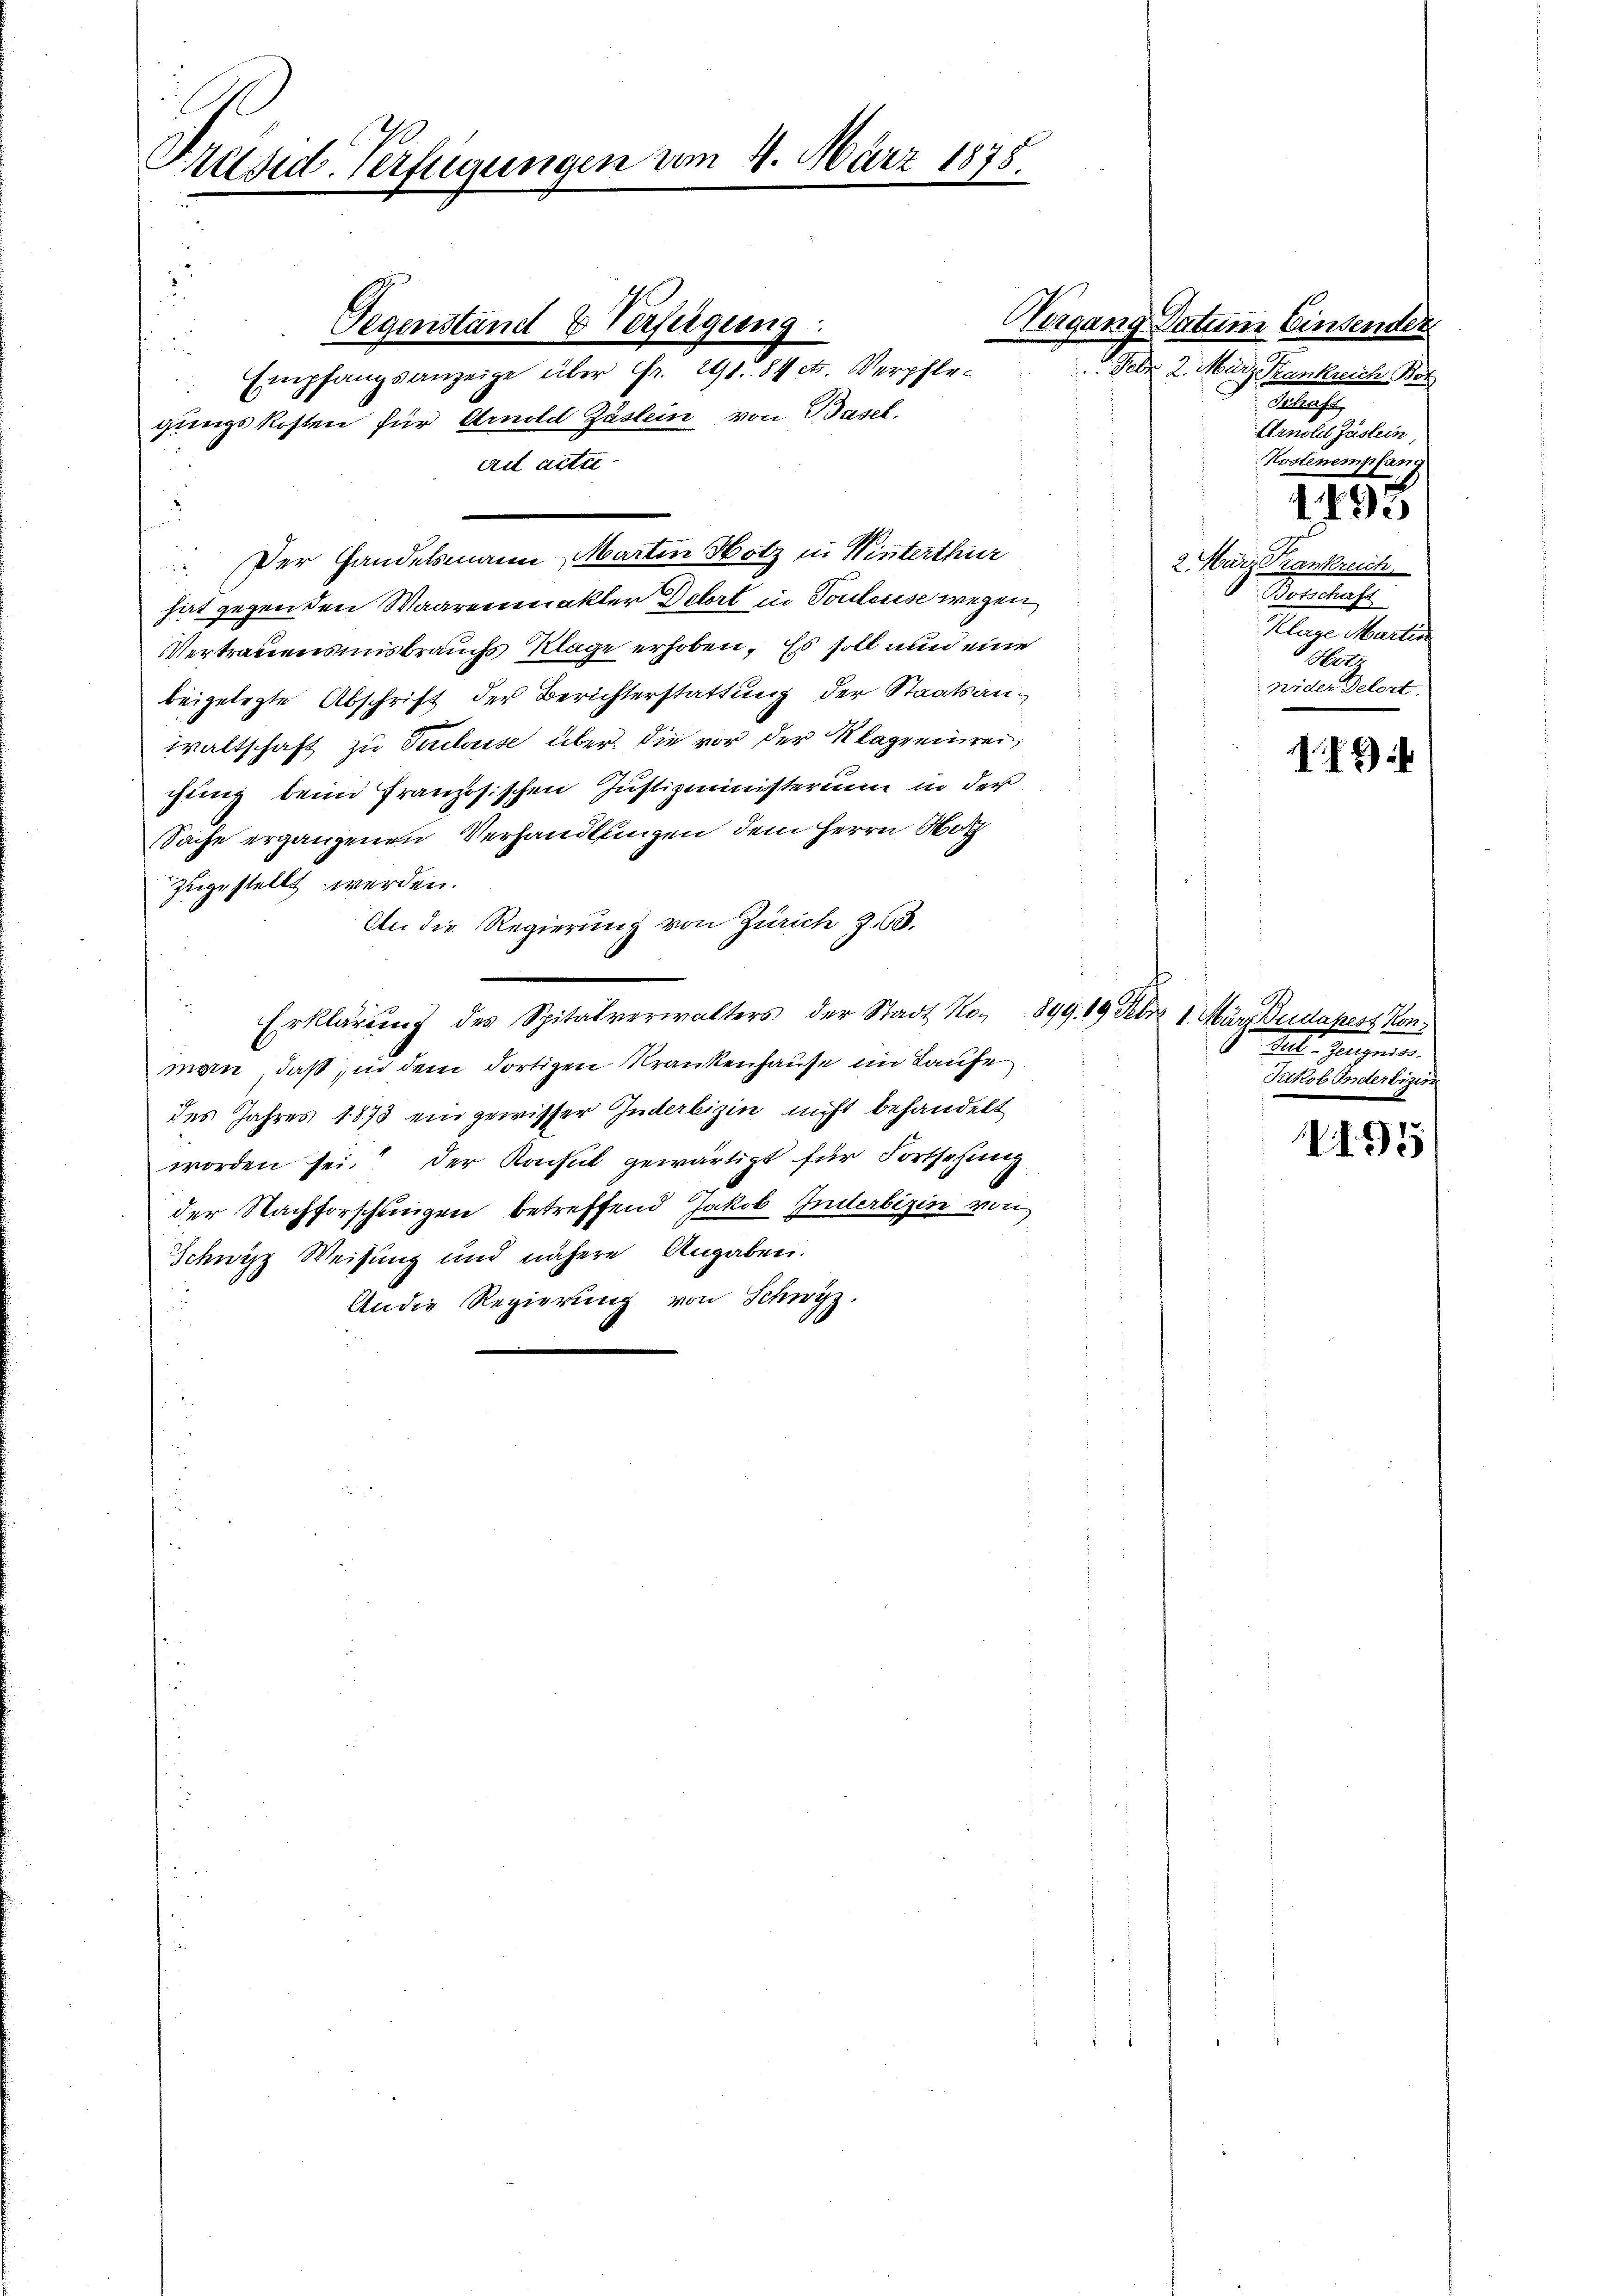
Präsid-Verfügungen vom 4. März 1875.
¬

gungskosten für Arnold Zäslein von Basel.
ail acter
Der Handelsmann, Martin Hotz in Winterthur
hat gegenden Waarenmakter Dehrt in Touleuse wegen
Vertrauensmisbrauchs Klage erhoben. Es soll nun eine
beigelegte Abschrift der Berichterstattung der Staatsanwaltschaft zu Tribuise über die vor der Klagreirei,
chung beim Französischen Justizministerium in der
Sache ergangenen Verhandlungen dem Herrn Noth
zugestellt werden.
An die Regierung von Zürich Z. 68.
Erklärung des Spitalverwalters der Stadt No. 899. 19 Febr. 1. März Gudapest Konman, daß in dem dortigen Krankenhause im Laufe
des Jahres 1873 ein gewisser Inderbizin nicht behandelt
worden sei. Der Konsul gewärtigt für Fortsehung
der Nachforschungen betreffend Jakob Inderbizin von
Schwyzz Weisung und nähere Angaben.
An die Regierung von Schwyz.

u

Gegenstand & Verfügung:
Empfangsanzeige über Fr. 291. 84 et. Verpfle¬

Geb. 2. Mär

Vergang Datum Einsender
3 Krankreich Bol
Schaft.
Arnoll Zustein,
Kostenempfang

1498

2 März Trankreich
Botschaft
Klage Martin
Hotz
wider Delert.

179

. Jungene
Sitkob Inderbie

195